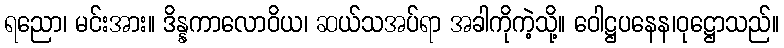
ရညော၊ မင်းအား။ ဒိန္နကာလောဝိယ၊ ဆယ်သအပ်ရာ အခါကိုကဲ့သို့။ ဝေါဋ္ဌပနေန၊ဝုဋ္ဌောသည်။